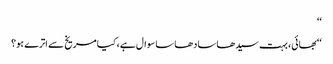
‘‘
‘‘بھائی، بہت سیدھا سادھا سا سوال ہے، کیا مریخ سے اترے ہو؟